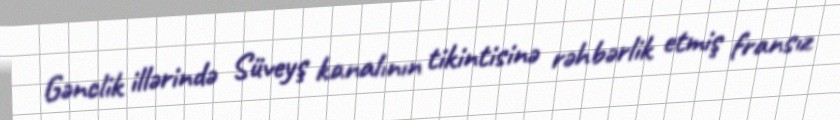
Gənclik illərində Süveyş kanalının tikintisinə rəhbərlik etmiş fransız